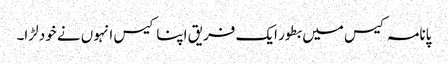
پانامہ کیس میں بطور ایک فریق اپنا کیس انہوں نے خود لڑا۔